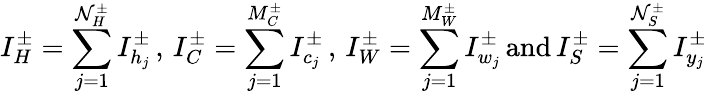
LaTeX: I_{H}^{\pm}=\sum_{j=1}^{\mathcal{N}_{H}^{\pm}}I_{h_{j}}^{\pm}\, ,\, I_{C}^{\pm}=\sum_{j=1}^{M_{C}^{\pm}}I_{c_{j}}^{\pm}\, ,\, I_{W}^{\pm}=\sum_{j=1}^{M_{W}^{\pm}}I_{w_{j}}^{\pm}\, \mathrm{{and}}\, I_{S}^{\pm}=\sum_{j=1}^{\mathcal{N}_{S}^{\pm}}I_{y_{j}}^{\pm}